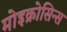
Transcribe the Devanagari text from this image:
मोइक्रोसिन्स